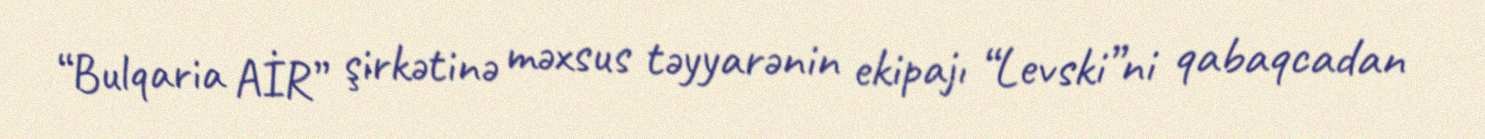
“Bulqaria AİR” şirkətinə məxsus təyyarənin ekipajı “Levski”ni qabaqcadan